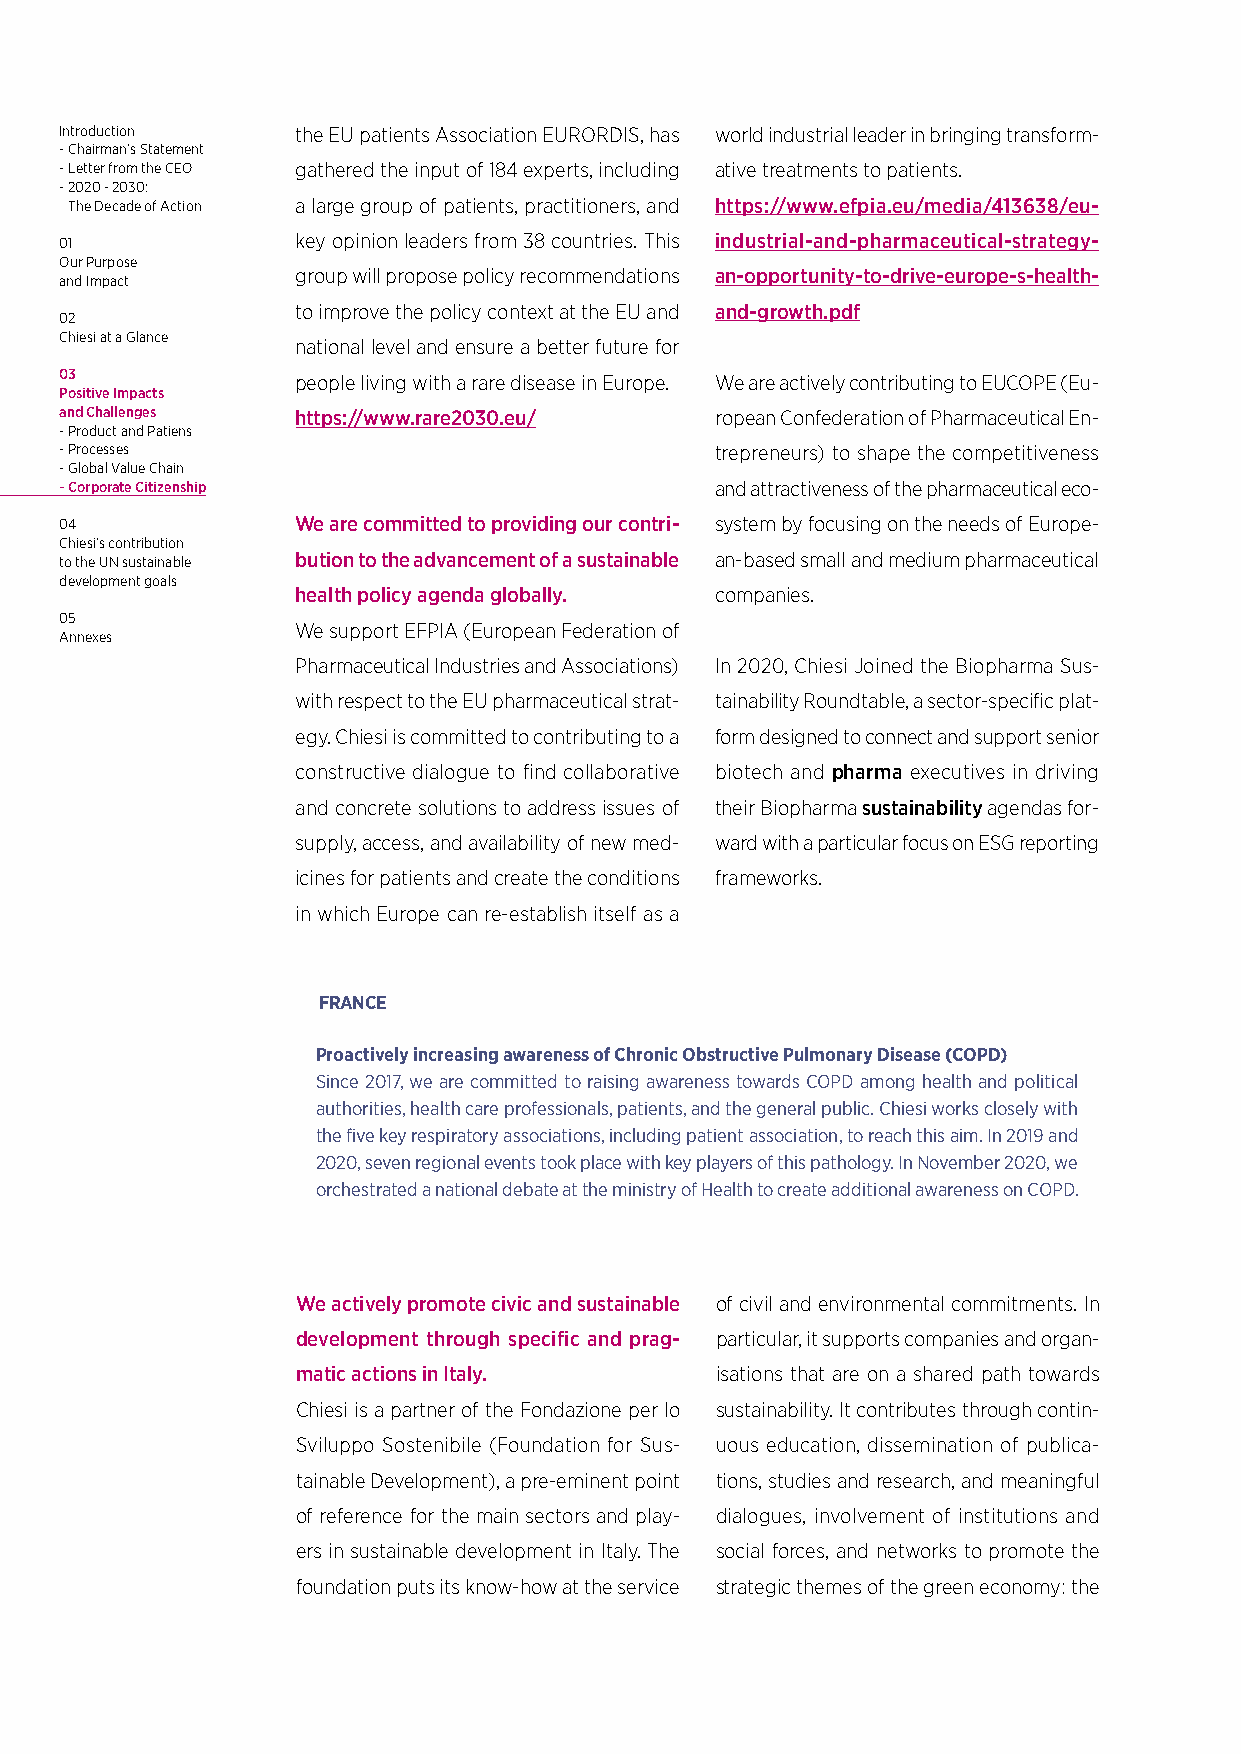
Introduction    the EU patients Association EURORDIS, has world industrial leader in bringing transform-
 - Chairman’s Statement
 - Letter from the CEO gathered the input of 184 experts, including ative treatments to patients.
 - 2020 - 2030:
 The Decade of Action a large group of patients, practitioners, and https://www.efpia.eu/media/413638/eu-
 01              key opinion leaders from 38 countries. This industrial-and-pharmaceutical-strategy-
 Our Purpose
 group will propose policy recommendations an-opportunity-to-drive-europe-s-health-
 and Impact
 to improve the policy context at the EU and and-growth.pdf
 02
 Chiesi at a Glance
 national level and ensure a better future for
 03              people living with a rare disease in Europe. We are actively contributing to EUCOPE (Eu-
 Positive Impacts
 and Challenges  https://www.rare2030.eu/   ropean Confederation of Pharmaceutical En-
 - Product and Patiens
 - Processes                                trepreneurs) to shape the competitiveness
 - Global Value Chain
 - Corporate Citizenship                    and attractiveness of the pharmaceutical eco-
 04              We are committed to providing our contri- system by focusing on the needs of Europe-
 Chiesi’s contribution
 to the UN sustainable bution to the advancement of a sustainable an-based small and medium pharmaceutical
 development goals
 health policy agenda globally. companies.
 05
 We support EFPIA (European Federation of
 Annexes
 Pharmaceutical Industries and Associations) In 2020, Chiesi Joined the Biopharma Sus-
 with respect to the EU pharmaceutical strat- tainability Roundtable, a sector-specific plat-
 egy. Chiesi is committed to contributing to a form designed to connect and support senior
 constructive dialogue to find collaborative biotech and pharma executives in driving
 and concrete solutions to address issues of their Biopharma sustainability agendas for-
 supply, access, and availability of new med- ward with a particular focus on ESG reporting
 icines for patients and create the conditions frameworks.
 in which Europe can re-establish itself as a
 FRANCE
 Proactively increasing awareness of Chronic Obstructive Pulmonary Disease (COPD)
 Since 2017, we are committed to raising awareness towards COPD among health and political
 authorities, health care professionals, patients, and the general public. Chiesi works closely with
 the five key respiratory associations, including patient association, to reach this aim. In 2019 and
 2020, seven regional events took place with key players of this pathology. In November 2020, we
 orchestrated a national debate at the ministry of Health to create additional awareness on COPD.
 We actively promote civic and sustainable of civil and environmental commitments. In
 development through specific and prag- particular, it supports companies and organ-
 matic actions in Italy.    isations that are on a shared path towards
 Chiesi is a partner of the Fondazione per lo sustainability. It contributes through contin-
 Sviluppo Sostenibile (Foundation for Sus- uous education, dissemination of publica-
 tainable Development), a pre-eminent point tions, studies and research, and meaningful
 of reference for the main sectors and play- dialogues, involvement of institutions and
 ers in sustainable development in Italy. The social forces, and networks to promote the
 foundation puts its know-how at the service strategic themes of the green economy: the